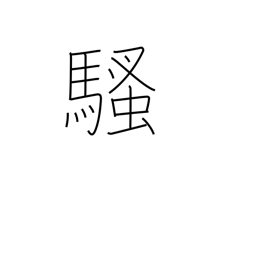
Meaning: bother